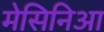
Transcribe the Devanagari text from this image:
मेसिनिआ